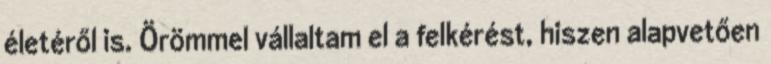
életéről is. Örömmel vállaltam el a felkérést, hiszen alapvetően